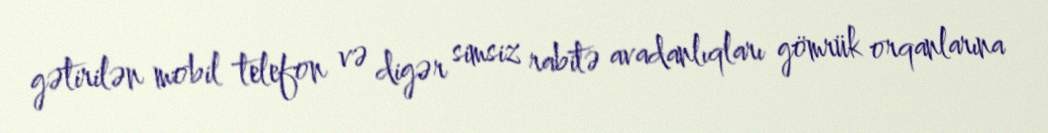
gətirilən mobil telefon və digər simsiz rabitə avadanlıqları gömrük orqanlarına